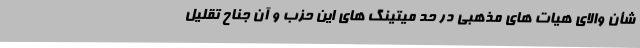
شأن والای هیات های مذهبی در حد میتینگ های این حزب و آن جناح تقلیل